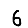
Digit: 6